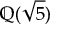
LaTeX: \mathbb { Q } ( { \sqrt { 5 } } )